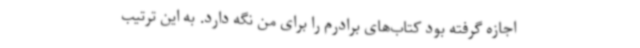
اجازه گرفته بود کتاب‌های برادرم را برای من نگه دارد. به این ترتیب